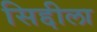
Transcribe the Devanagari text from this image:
सिद्दीला